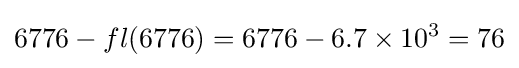
6776-fl(6776)=6776-6.7\times 10^{3}=76